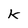
Character: K